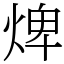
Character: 焷